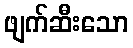
ဖျက်ဆီးသော